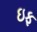
ઇફ